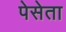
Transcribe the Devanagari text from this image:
पेसेता